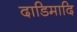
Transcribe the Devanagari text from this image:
दाडिमादि